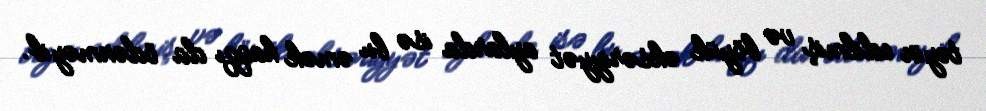
təyin edilmiş və böyük əksəriyyət aylarda isə bu əmək haqqı da ödənməyib.